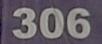
306